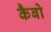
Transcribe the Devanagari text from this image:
कैबो